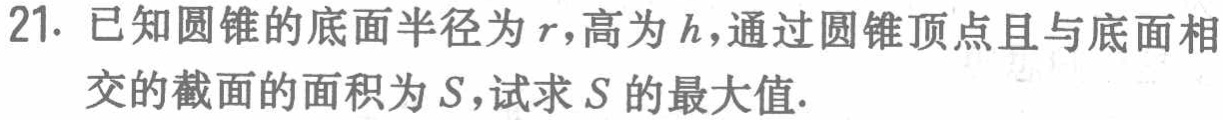
21. 已知圆锥的底面半径为\(r\)，高为\(h\)，通过圆锥顶点且与底面相交的截面的面积为\(S\)，试求\(S\)的最大值.